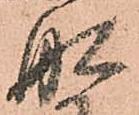
舩